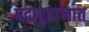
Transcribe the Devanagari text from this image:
पद्मपुराणात